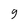
Character: g